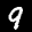
Label: 9